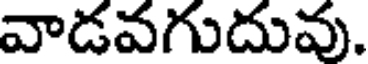
వాడవగుదువు.